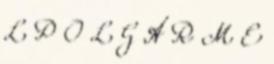
L P O L G Á R M E